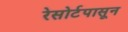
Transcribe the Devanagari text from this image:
रेसोर्टपासून